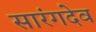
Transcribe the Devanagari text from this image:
सारंगदेव